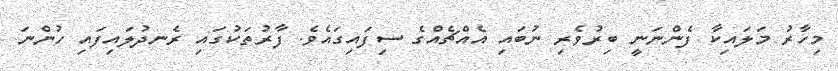
މިހާރު މަލައިކާ ފެންނަނީ ބިރުވެރި ނުބައި އެއްޗެއްގެ ސިފައިގައެވެ. ފާރުތަކުގައި ރެނދުލައިފައި ހުންނަ